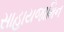
સાહાયજામિન